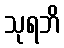
သုရဘိ